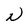
Character: N